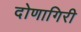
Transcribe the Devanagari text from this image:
दोणागिरी